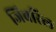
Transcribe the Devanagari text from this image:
जिबरिल